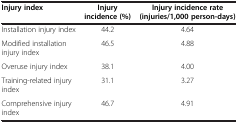
| Injury index | Injury incidence (%) | Injury incidence rate (injuries/1,000 person-days) |
 | --- | --- | --- |
 | Installation injury index | 44.2 | 4.64 |
 | Modified installation injury index | 46.5 | 4.88 |
 | Overuse injury index | 38.1 | 4.00 |
 | Training-related injury index | 31.1 | 3.27 |
 | Comprehensive injury index | 46.7 | 4.91 |